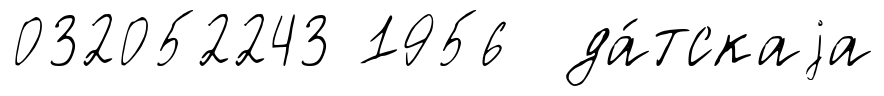
032052243 1956 да́тскаjа